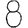
Digit: 8